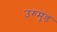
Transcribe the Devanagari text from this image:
उरुमुंड